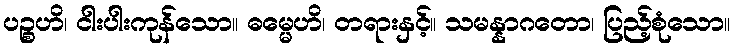
ပဉ္စဟိ၊ ငါးပါးကုန်သော။ ဓမ္မေဟိ၊ တရားနှင့်။ သမန္နာဂတော၊ ပြည့်စုံသော။